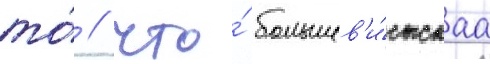
то́ / что́ большев'и́стскаа